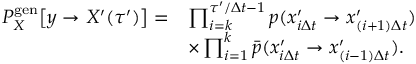
\begin{array} { r l } { P _ { X } ^ { \mathrm { g e n } } \bigl [ y \to X ^ { \prime } ( \tau ^ { \prime } ) \bigr ] = } & { \prod _ { i = k } ^ { \tau ^ { \prime } / \Delta t - 1 } p ( x _ { i \Delta t } ^ { \prime } \to x _ { ( i + 1 ) \Delta t } ^ { \prime } ) } \\ & { \times \prod _ { i = 1 } ^ { k } \bar { p } ( x _ { i \Delta t } ^ { \prime } \to x _ { ( i - 1 ) \Delta t } ^ { \prime } ) . } \end{array}